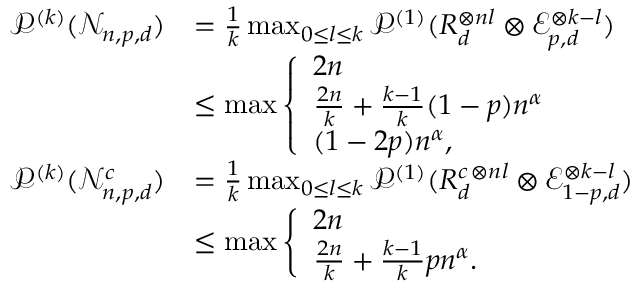
\begin{array} { r l } { \mathcal { P } ^ { ( k ) } ( \mathcal { N } _ { n , p , d } ) } & { = \frac { 1 } { k } \operatorname* { m a x } _ { 0 \leq l \leq k } \mathcal { P } ^ { ( 1 ) } ( R _ { d } ^ { \otimes n l } \otimes \mathcal { E } _ { p , d } ^ { \otimes k - l } ) } \\ & { \leq \operatorname* { m a x } \left\{ \begin{array} { l l } { 2 n } \\ { \frac { 2 n } { k } + \frac { k - 1 } { k } ( 1 - p ) n ^ { \alpha } } \\ { ( 1 - 2 p ) n ^ { \alpha } , } \end{array} \right. } \\ { \mathcal { P } ^ { ( k ) } ( \mathcal { N } _ { n , p , d } ^ { c } ) } & { = \frac { 1 } { k } \operatorname* { m a x } _ { 0 \leq l \leq k } \mathcal { P } ^ { ( 1 ) } ( R _ { d } ^ { c \, \otimes n l } \otimes \mathcal { E } _ { 1 - p , d } ^ { \otimes k - l } ) } \\ & { \leq \operatorname* { m a x } \left\{ \begin{array} { l l } { 2 n } \\ { \frac { 2 n } { k } + \frac { k - 1 } { k } p n ^ { \alpha } . } \end{array} \right. } \end{array}